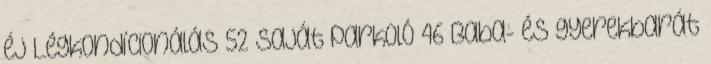
éj Légkondícionálás 52 Saját parkoló 46 Baba- és gyerekbarát